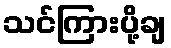
သင်ကြားပို့ချ